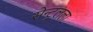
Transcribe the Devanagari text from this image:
सेन्ट्रलला